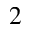
^ 2